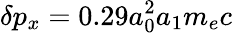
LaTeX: \delta p_{x}=0.29a_{0}^{2}a_{1}m_{e}c